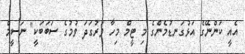
އެއީ ކަންނޭގެ އަޅުގަނޑުމެންގެ މި ޓީމް މިހާ ވަރުގަދަ ވުމުގެ ސަބަބަކީ" ނަސީމް